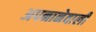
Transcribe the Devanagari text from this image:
अपनानेवाली